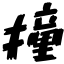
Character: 撞